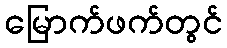
မြောက်ဖက်တွင်